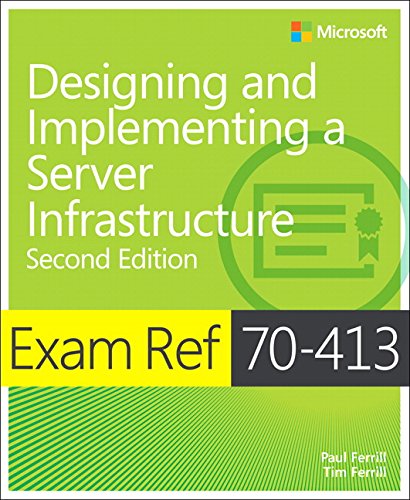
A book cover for Exam Ref 70-413 Designing and Implementing a Server Infrastructure (MCSE) (2nd Edition); Paul Ferrill; Computers & Technology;